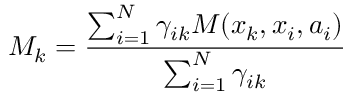
M _ { k } = \frac { \sum _ { i = 1 } ^ { N } \gamma _ { i k } M ( x _ { k } , x _ { i } , a _ { i } ) } { \sum _ { i = 1 } ^ { N } \gamma _ { i k } }